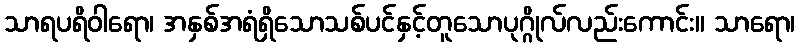
သာရပရိဝါရော၊ အနှစ်အရံရှိသောသစ်ပင်နှင့်တူသောပုဂ္ဂိုလ်လည်းကောင်း။ သာရော၊